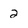
Character: 2